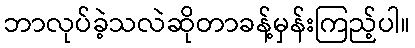
ဘာလုပ်ခဲ့သလဲဆိုတာခန့်မှန်းကြည့်ပါ။